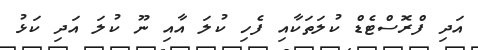
އަދި ފްރޮސްޓެޑް ކުލަތަކާއި ފެހި ކުލަ އާއި ނޫ ކުލަ އަދި ކަޅު